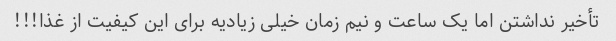
تأخیر نداشتن اما یک ساعت و نیم زمان خیلی زیادیه برای این کیفیت از غذا!!!